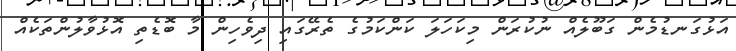
އަޅުގަނޑުމެން ގަބޫލެއް ނުކުރަން މިކަހަލަ ކަންކަމުގެ ތެރޭގައި ދިވެހިން މާ ބޮޑެތި އޮޅުވާލުންތަކެއް